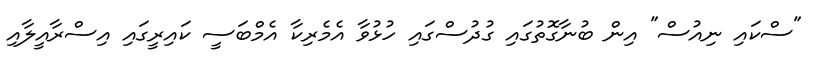
"ސްކައި ނިއުސް" އިން ބުނާގޮތުގައި ގުދުސްގައި ހުޅުވާ އެމެރިކާ އެމްބަސީ ކައިރީގައި އިސްރާއީލާއި